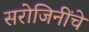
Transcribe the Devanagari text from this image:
सरोजिनींचे